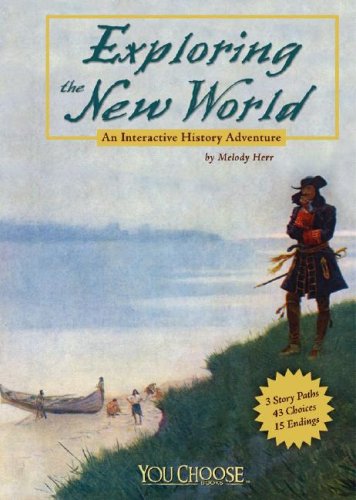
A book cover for Exploring the New World: An Interactive History Adventure (You Choose: History); Melody Herr; Children's Books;